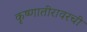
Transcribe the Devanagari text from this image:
कृष्णातीरावरची